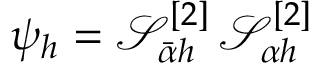
\psi _ { h } = \mathcal { S } _ { \bar { \alpha } h } ^ { [ 2 ] } \, \mathcal { S } _ { \alpha h } ^ { [ 2 ] }